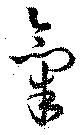
氣